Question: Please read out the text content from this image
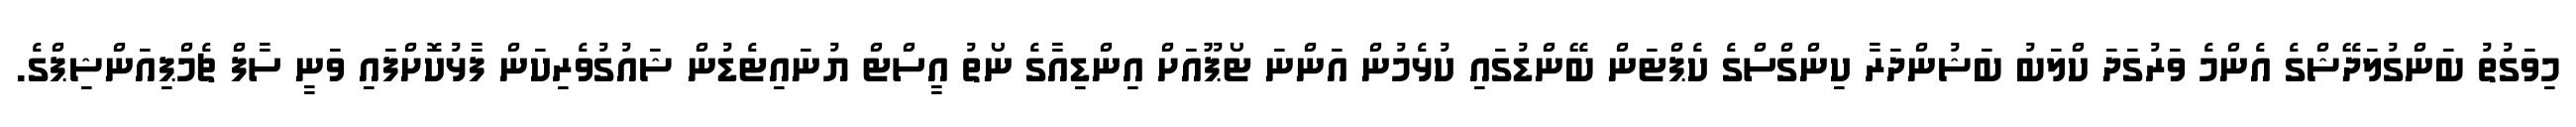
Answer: މިވަގުތު ބަންގުލަދޭޝްގެ އެންމެ ވަރުގަދަ ކްލަބު ބަޝުންދަރާ ކިންގްސްގެ ކެޕްޓަން ބޭންޑުގައި ކުޅެމުން އަންނަ ޓޯޕޫއަށް އިންޑިއާގެ ނޯތު އީސްޓް ޔުނައިޓެޑުން ޝައުގުވެރިކަން ފާޅުކޮށްފައި ވަނީ ސާފް ޗެމްޕިއަންޝިޕްގެ.